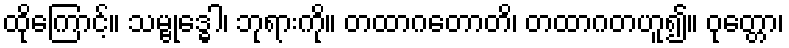
ထိုကြောင့်။ သမ္ဗုဒ္ဓေါ၊ ဘုရားကို။ တထာဂတောတိ၊ တထာဂတဟူ၍။ ဝုတ္တော၊